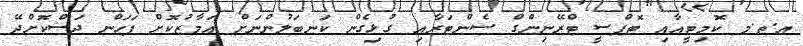
އ.ތ.މ ކޮމިޓީއާއި ޓޮޕްސީ ޓްރޭނިންގް ސެންޓަރާއި ގުޅިގެން ކަނބަލުންނަށް އަމާޒުކޮށް ފަހަން ދަސްކޮށްދޭ